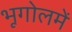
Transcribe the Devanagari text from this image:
भूगोलमें